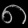
Digit: ၈